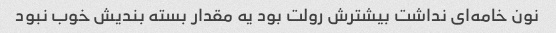
نون خامه‌ای نداشت بیشترش رولت بود یه مقدار بسته بندیش خوب نبود